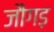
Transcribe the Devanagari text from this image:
जौगड़